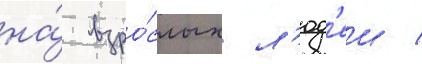
на́ взро́слых л'юд'еи /